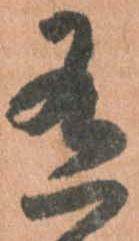
有